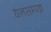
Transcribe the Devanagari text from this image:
धनसम्पन्न